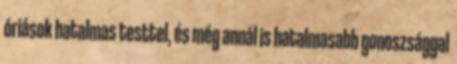
óriások hatalmas testtel, és még annál is hatalmasabb gonoszsággal